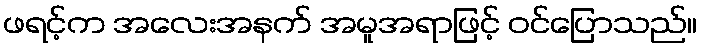
ဖရင့်က အလေးအနက် အမူအရာဖြင့် ဝင်ပြောသည်။